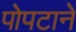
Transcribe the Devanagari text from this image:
पोपटाने